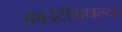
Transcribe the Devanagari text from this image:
काउंटीमधल्या